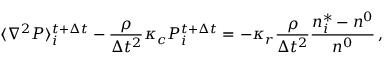
\langle \nabla ^ { 2 } P \rangle _ { i } ^ { t + \Delta t } - \frac { \rho } { \Delta t ^ { 2 } } \kappa _ { c } P _ { i } ^ { t + \Delta t } = - \kappa _ { r } \frac { \rho } { \Delta t ^ { 2 } } \frac { n _ { i } ^ { * } - n ^ { 0 } } { n ^ { 0 } } \, ,